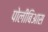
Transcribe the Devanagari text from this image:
पोलीबिआस